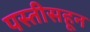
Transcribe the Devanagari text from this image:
पस्‍तीसहून